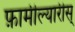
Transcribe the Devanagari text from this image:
फ़ामील्यारीस्